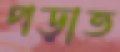
পড়াত